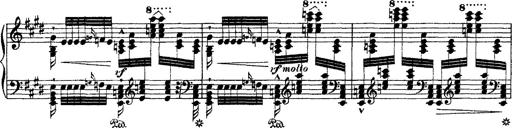
Title: Ã‰tudes d'exÃ©cution transcendante d'aprÃ¨s Paganini
Composer: Franz Liszt